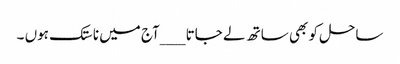
ساحل کو بھی ساتھ لے جاتا __ _آج میں ناستک ہوں ۔